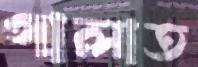
গালাত